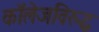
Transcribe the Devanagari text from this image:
कॉलेजविरुद्ध